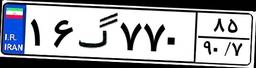
۷۲گ۴۰۵۱۳